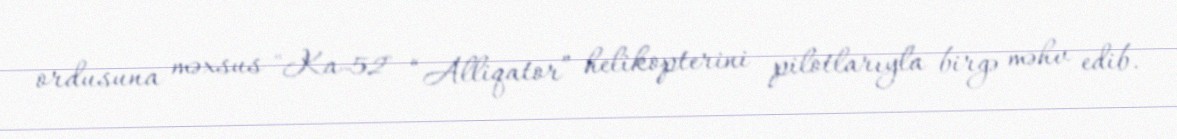
ordusuna məxsus "Ka-52" “Alliqator” helikopterini pilotlarıyla birgə məhv edib.